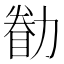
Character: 𠢚